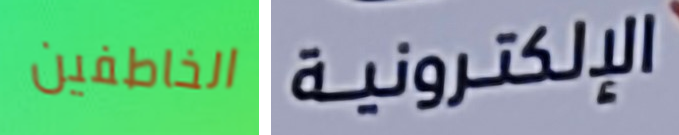
الخاطفين الإلكترونية